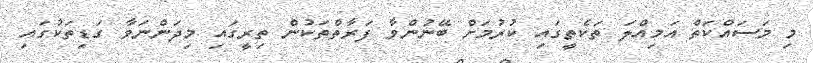
މި މަސައްކަތް އަމިއްލަ ތަކެތީގައި ކުރުމަށް ބޭނުންވާ ފަރާތްތަކުން ތިރީގައި މިދަންނަވާ ގަޑިތަކުގައި